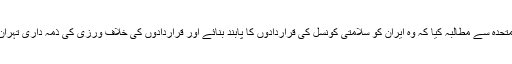
انہوں نے اقوام متحدہ سے مطالبہ کیا کہ وہ ایران کو سلامتی کونسل کی قراردادوں کا پابند بنائے اور قراردادوں کی خلاف ورزی کی ذمہ داری تہران پر عاید کرے۔